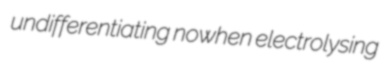
undifferentiating nowhen electrolysing